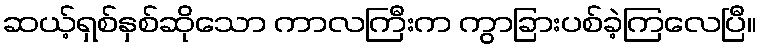
ဆယ့်ရှစ်နှစ်ဆိုသော ကာလကြီးက ကွာခြားပစ်ခဲ့ကြလေပြီ။